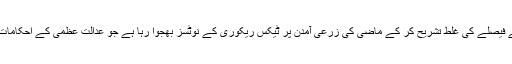
ایف بی آر سپریم کورٹ کے فیصلے کی غلط تشریح کر کے ماضی کی زرعی آمدن پر ٹیکس ریکوری کے نوٹسز بھجوا رہا ہے جو عدالت عظمٰی کے احکامات کی خلاف ورزی بھی ہے۔